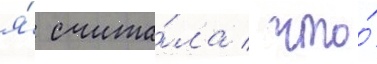
я́ счита́ла / что́